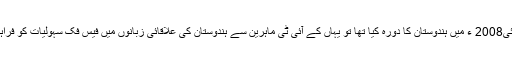
مارک ذکربرگ نے جب مئی2008 ء میں ہندوستان کا دورہ کیا تھا تو یہاں کے آئی ٹی ماہرین سے ہندوستان کی علاقائی زبانوں میں فیس فک سہولیات کو فراہم کرنے پر کام شروع کیا ۔